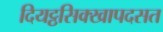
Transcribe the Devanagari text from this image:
दियट्ठसिक्खापदसत